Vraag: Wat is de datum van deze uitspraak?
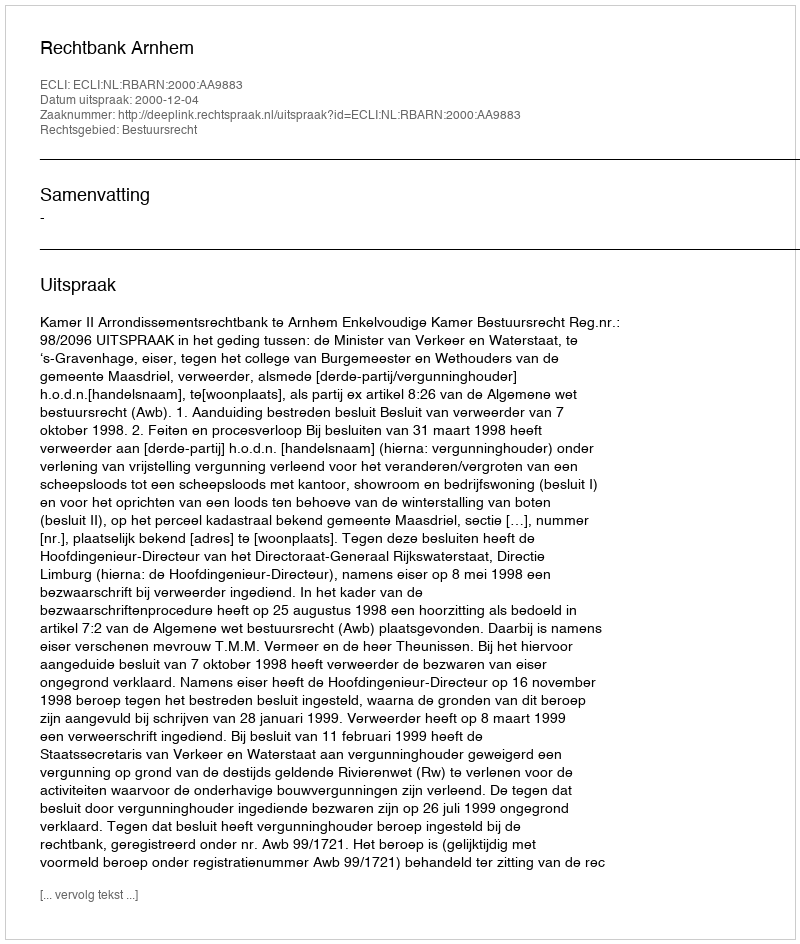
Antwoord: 2000-12-04